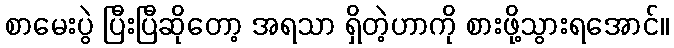
စာမေးပွဲ ပြီးပြီဆိုတော့ အရသာ ရှိတဲ့ဟာကို စားဖို့သွားရအောင်။